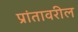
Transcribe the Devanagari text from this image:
प्रांतावरील